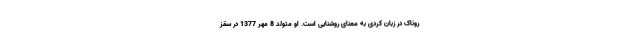
روناک در زبان کردی به معنای روشنایی است. او متولد 8 مهر 1377 در سقز